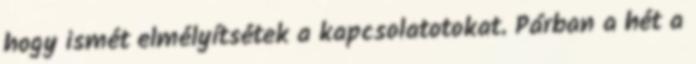
hogy ismét elmélyítsétek a kapcsolatotokat. Párban a hét a